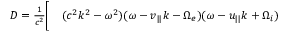
\begin{array} { r l } { D = \frac { 1 } { c ^ { 2 } } \bigg [ } & { { } ( c ^ { 2 } k ^ { 2 } - \omega ^ { 2 } ) ( \omega - v _ { | | } k - \Omega _ { e } ) ( \omega - u _ { | | } k + \Omega _ { i } ) } \end{array}